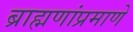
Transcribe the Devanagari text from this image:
ब्राह्मणांप्रमाणे